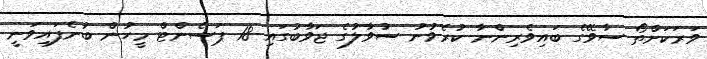
ވަރަކަށްތޯ ސާވޭގެ ބައިވެރިންނާ ކުރެވުނު ސުވާލުގެ ޖަވާބުގައި 18 ޕަސެންޓް މީހުން ބުނެފައިވަނީ